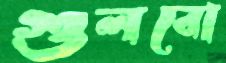
গুলবো